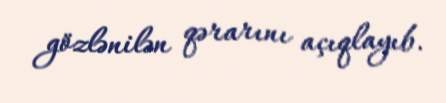
gözlənilən qərarını açıqlayıb.